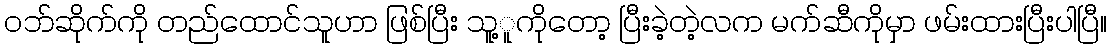
ဝဘ်ဆိုက်ကို တည်ထောင်သူဟာ ဖြစ်ပြီး သူ့ူကိုတော့ ပြီးခဲ့တဲ့လက မက်ဆီကိုမှာ ဖမ်းထားပြီးပါပြီ။